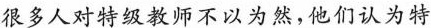
很多人对特级教师不以为然，他们认为特